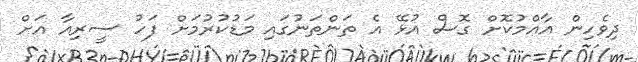
ދިވެހިން އާއްމުކޮށް ގޮސް އުޅޭ އެ ތަންތަނުގައި މަޑުކުރުމަށް ފަހު ސީރިއާ އަށް